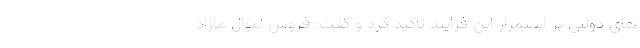
های دولتی بر استمرار این فرایند تأکید کرد و گفت: فروش اموال مازاد